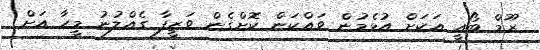
ރޫމް ބޯއީ އަކަށް އުޅެމުން ވައްކަން ކޮށްގެން ވަޒީފާ ގެއްލުނު މީހާ އަށް